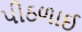
પીઠળાઈ